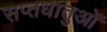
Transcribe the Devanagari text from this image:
सप्तधातुओं